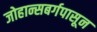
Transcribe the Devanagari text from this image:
जोहान्सबर्गपासून